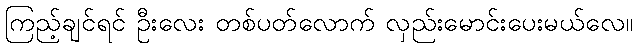
ကြည့်ချင်ရင် ဦးလေး တစ်ပတ်လောက် လှည်းမောင်းပေးမယ်လေ။